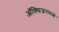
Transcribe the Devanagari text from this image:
ऑक्सिजनमध्ये